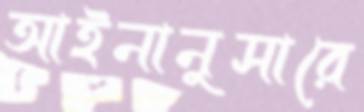
আইনানুসারে